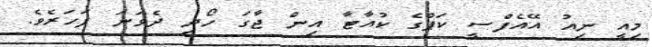
މިއީ ނިއު އޭއެފްސީ ކަޕްގެ ކުއާޓާ އިން ޖާގަ ހޯދި ދެވަނަ ފަހަރެވެ.